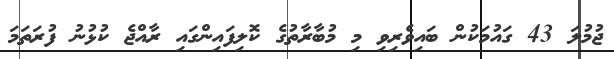
ޖުމުލަ 43 ގައުމަކުން ބައިވެރިވި މި މުބާރާތުގެ ކޮލިފައިންގައި ރާއްޖެ ކުޅުނު ފުރަތަމަ